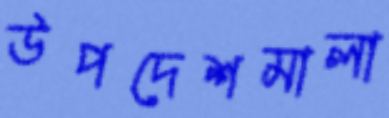
উপদেশমালা